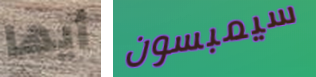
أيها سيمبسون